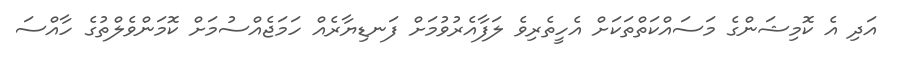
އަދި އެ ކޮމިޝަންގެ މަސައްކަތްތަކަށް އެހީތެރިވެ ލަފާއެރުވުމަށް ފަނޑިޔާރެއް ހަމަޖެއްސުމަށް ކޮމަންވެލްތުގެ ހާއްސަ